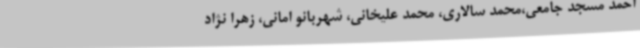
احمد مسجد جامعی،محمد سالاری، محمد علیخانی، شهربانو امانی، زهرا نژاد